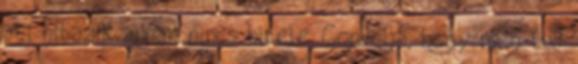
aki hibázik annak nincs hitele. Gondolja, hogy meg tud